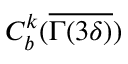
C _ { b } ^ { k } ( \overline { { \Gamma ( 3 \delta ) } } )